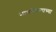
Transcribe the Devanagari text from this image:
नागझिऱ्याच्या